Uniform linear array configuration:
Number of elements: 4
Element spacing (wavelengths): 0.5
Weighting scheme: blackman
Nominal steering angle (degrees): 45
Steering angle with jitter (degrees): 45.894
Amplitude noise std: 0.05
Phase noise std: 0.05

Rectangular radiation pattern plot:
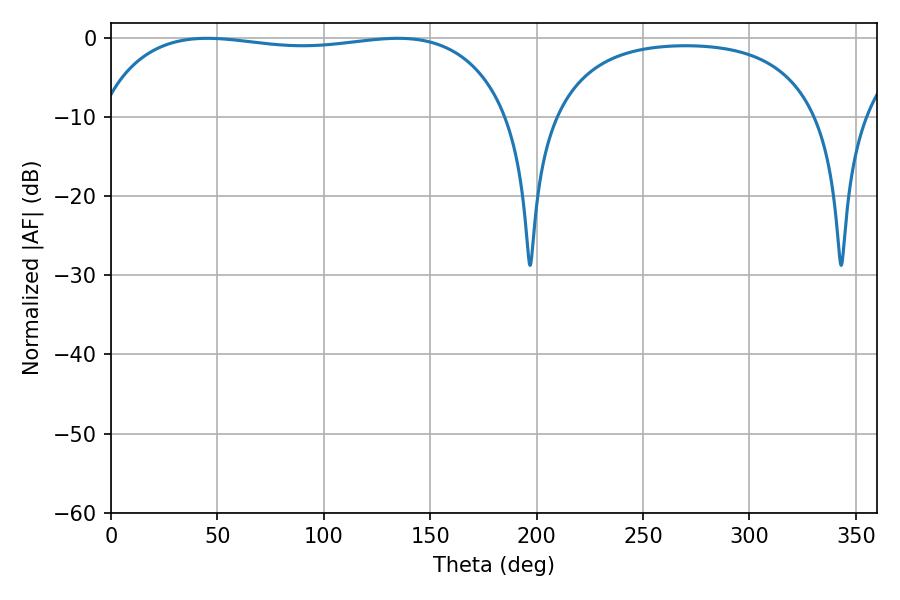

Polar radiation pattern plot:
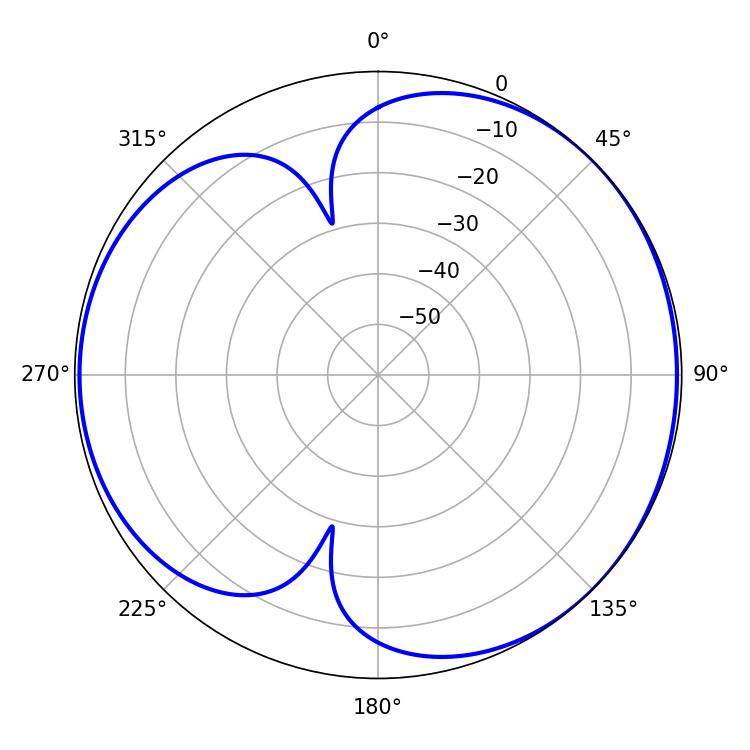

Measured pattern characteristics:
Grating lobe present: FALSE
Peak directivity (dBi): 4.516
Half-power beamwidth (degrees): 155.88
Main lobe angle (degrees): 45.18